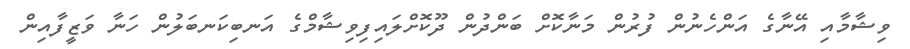
ވިޝާމާއި އޭނާގެ އަންހެނުން ފުރުން މަނާކޮށް ބަންދުން ދޫކޮށްލައިފިވިޝާމްގެ އަނބިކަނބަލުން ހަނާ ވަޒީފާއިން